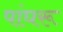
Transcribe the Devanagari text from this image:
पांघरू